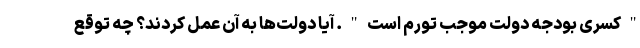
"کسری بودجه دولت موجب تورم است". آیا دولت‌ها به آن عمل کردند؟ چه توقع